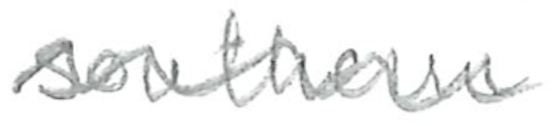
Text: southern
Cross-out: wave
Writing tool: pencil